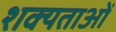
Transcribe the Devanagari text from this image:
शक्यताओं